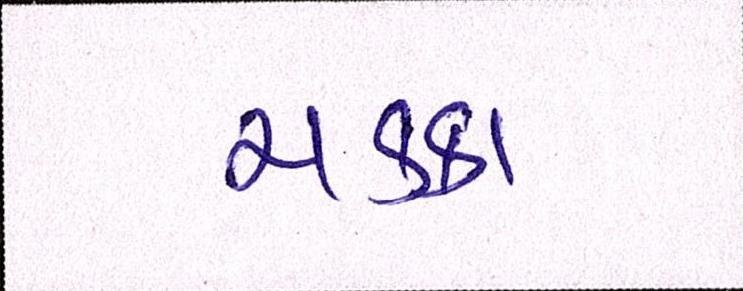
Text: ચક્કા